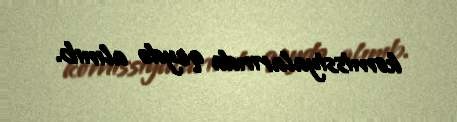
komissiyalarında qeydə alınıb.